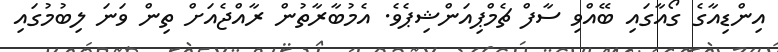
އިންޑިއާގެ ގޯއާގައި ބޭއްވި ސާފް ޗެމްޕިއަންޝިޕެވެ. އެމުބާރާތުން ރާއްޖެއަށް ތިން ވަނަ ލިބުމުގައި